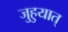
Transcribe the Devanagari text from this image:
जुहुयात्‌